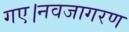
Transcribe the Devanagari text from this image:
गए।नवजागरण